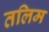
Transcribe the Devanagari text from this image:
तलिम